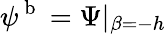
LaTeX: \psi^{\mathrm{~b~}}=\Psi\vert_{\beta=-h}